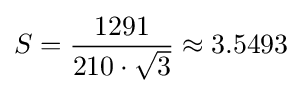
S={\frac {1291}{210\cdot {\sqrt {3}}}}\approx 3.5493